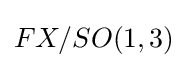
FX/SO(1,3)